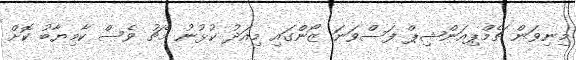
މިނިވަން ޗެމްޕިއަންޝިޕް ފަސްވަނަ ޒޯންގައި މިއަދު ކުޅުނު މެޗު ވެސް ކާމިޔާބު ކޮށް